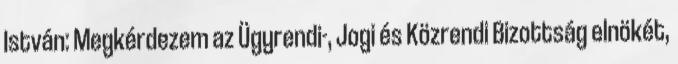
István: Megkérdezem az Ügyrendi-, Jogi és Közrendi Bizottság elnökét,